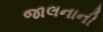
જાલનાની